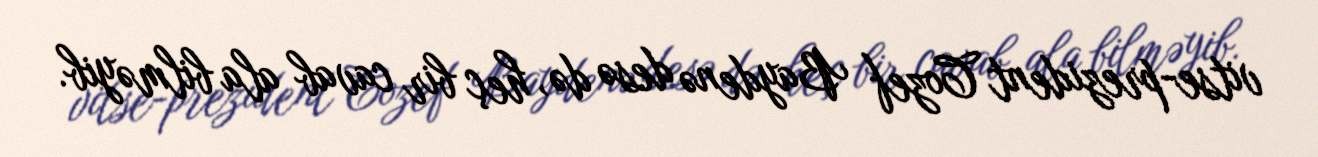
vitse-prezident Cozef Baydenə desə də, heç bir cavab ala bilməyib.